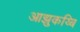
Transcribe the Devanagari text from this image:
आझुकय्बि